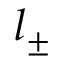
l _ { \pm }